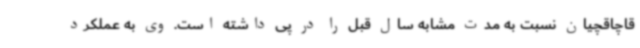
قاچاقچیان نسبت به مدت مشابه سال قبل را در پی داشته است. وی به عملکرد